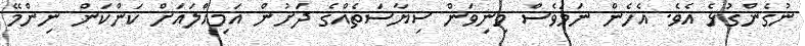
ނުގެންގުޅެ އެވެ. އެހެން ނަމަވެސް މިނިވަން ސިޔާސަތެއްގެ ދަށުން އަމިއްލައަށް ކަންކަން ނިންމޭ